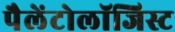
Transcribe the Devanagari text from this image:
पैलेंटोलॉजिस्ट